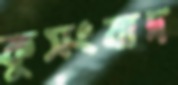
কুসংবাদ